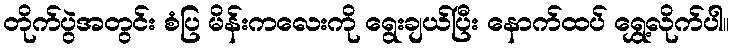
တိုက်ပွဲအတွင်း စံပြ မိန်းကလေးကို ရွေးချယ်ပြီး နောက်ထပ် ရွှေ့လိုက်ပါ။